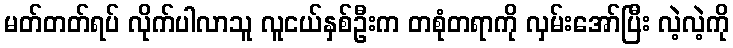
မတ်တတ်ရပ် လိုက်ပါလာသူ လူငယ်နှစ်ဦးက တစုံတရာကို လှမ်းအော်ပြီး လဲ့လဲ့ကို